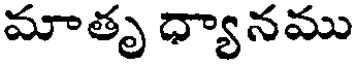
మాతృ ధ్యానము